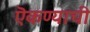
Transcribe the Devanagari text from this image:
ऎकण्याची